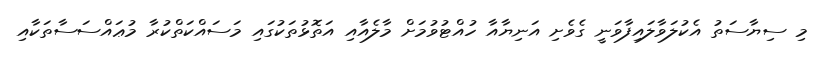
މި ސިޔާސަތު އެކުލަވާލައިފާވަނީ ގެވެށި އަނިޔާއާ ހުއްޓުވުމަށް މާލެއާއި އަތޮޅުތަކުގައި މަސައްކަތްކުރާ މުޢައްސަސާތަކާއި